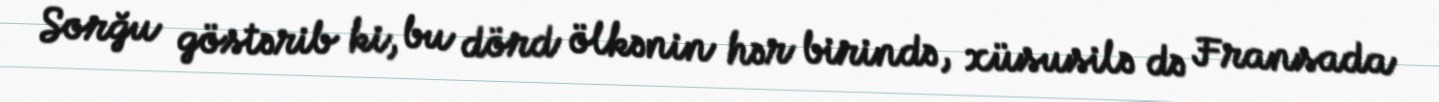
Sorğu göstərib ki, bu dörd ölkənin hər birində, xüsusilə də Fransada